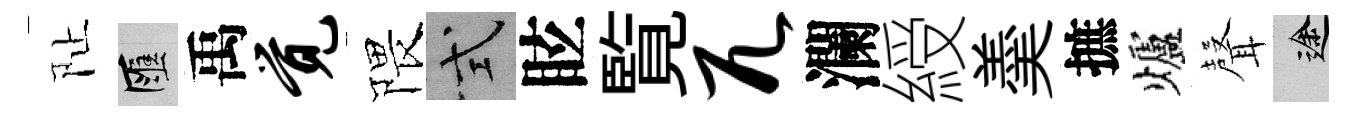
阯匯禹觉隈式眩覧兀瀾綬羮摭爐𮋻途